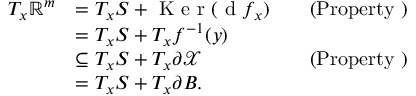
\begin{array} { r l r l } { T _ { x } \mathbb { R } ^ { m } } & { = T _ { x } S + \textrm { K e r } ( \textrm { d } f _ { x } ) } & & { \mathrm { ( P r o p e r t y ~ ) } } \\ & { = T _ { x } S + T _ { x } f ^ { - 1 } ( y ) } \\ & { \subseteq T _ { x } S + T _ { x } \partial \mathcal { X } } & & { \mathrm { ( P r o p e r t y ~ ) } } \\ & { = T _ { x } S + T _ { x } \partial B . } \end{array}